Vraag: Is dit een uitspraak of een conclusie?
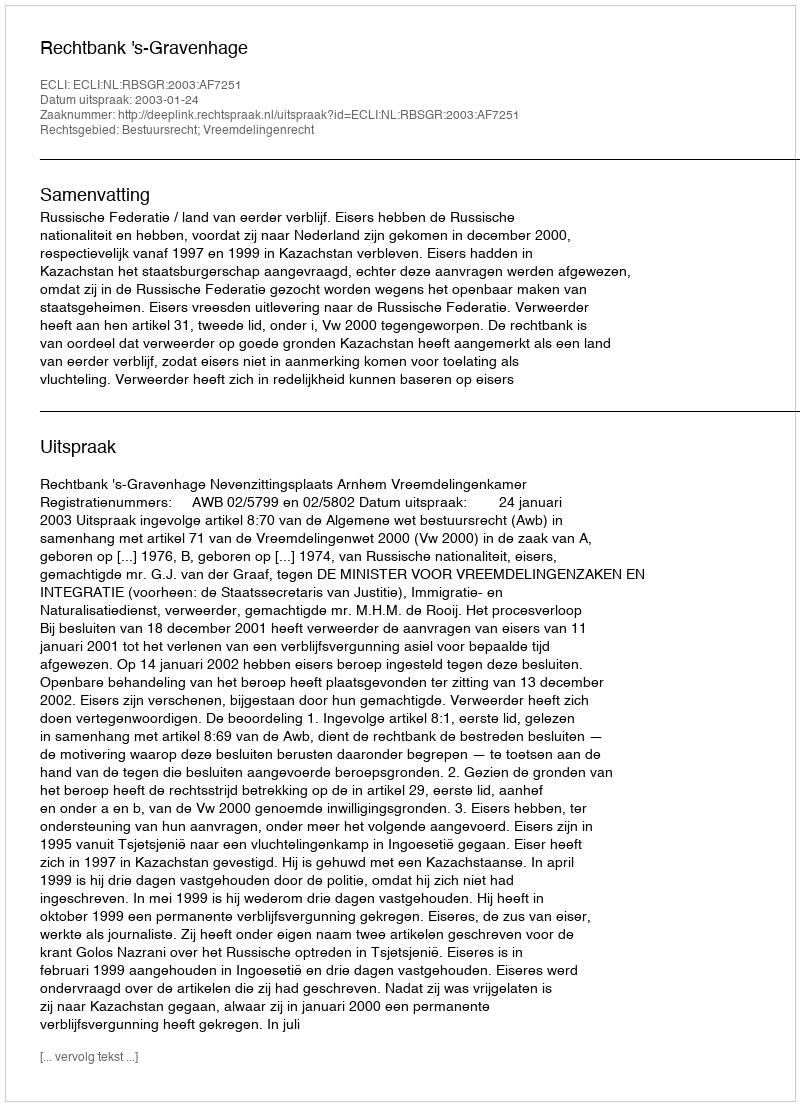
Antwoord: Uitspraak